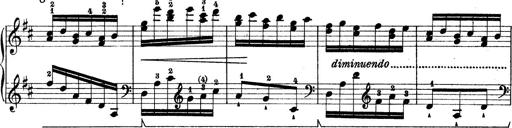
Title: Rapsodie: 19 ungheresi, 1 spagnuola
Composer: Franz Liszt